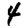
Digit: 4